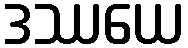
ဒဿယေ